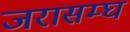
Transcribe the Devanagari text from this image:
जरासम्घ